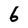
Character: 6